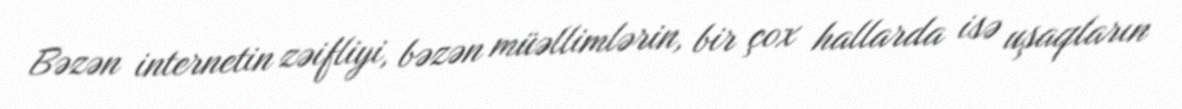
Bəzən internetin zəifliyi, bəzən müəllimlərin, bir çox hallarda isə uşaqların